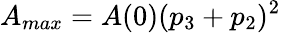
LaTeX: A_{max}=A(0)(p_{3}+p_{2})^{2}